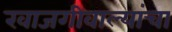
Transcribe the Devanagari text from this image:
खाजगीवाल्यांचा